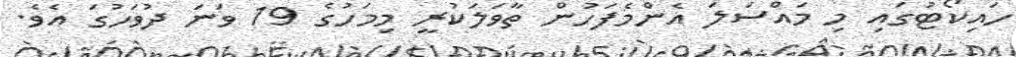
ހައިކޯޓުގައި މި މައްސަލަ އެންމެފަހުން ތާވަލަކުރީ މިމަހުގެ 19 ވަނަ ދުވަހުގަ އެވެ.